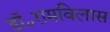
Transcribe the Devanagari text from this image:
डॉ॰रामविलास